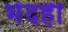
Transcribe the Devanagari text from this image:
भेदही